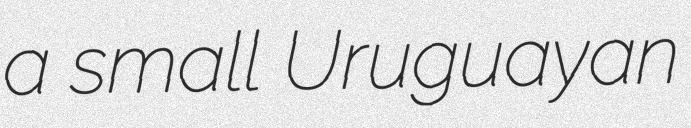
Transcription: a small Uruguayan